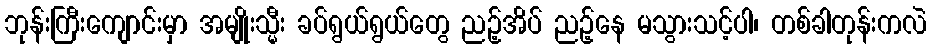
ဘုန်းကြီးကျောင်းမှာ အမျိုးသ္မီး ခပ်ရွယ်ရွယ်တွေ ညဉ့်အိပ် ညဉ့်နေ မသွားသင့်ပါ၊ တစ်ခါတုန်းကလဲ